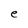
Character: e